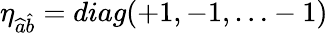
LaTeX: \eta_{\widehat{a}\widehat{b}}=diag(+1,-1,\ldots-1)